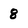
Character: 8